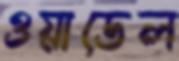
ওয়াডেল